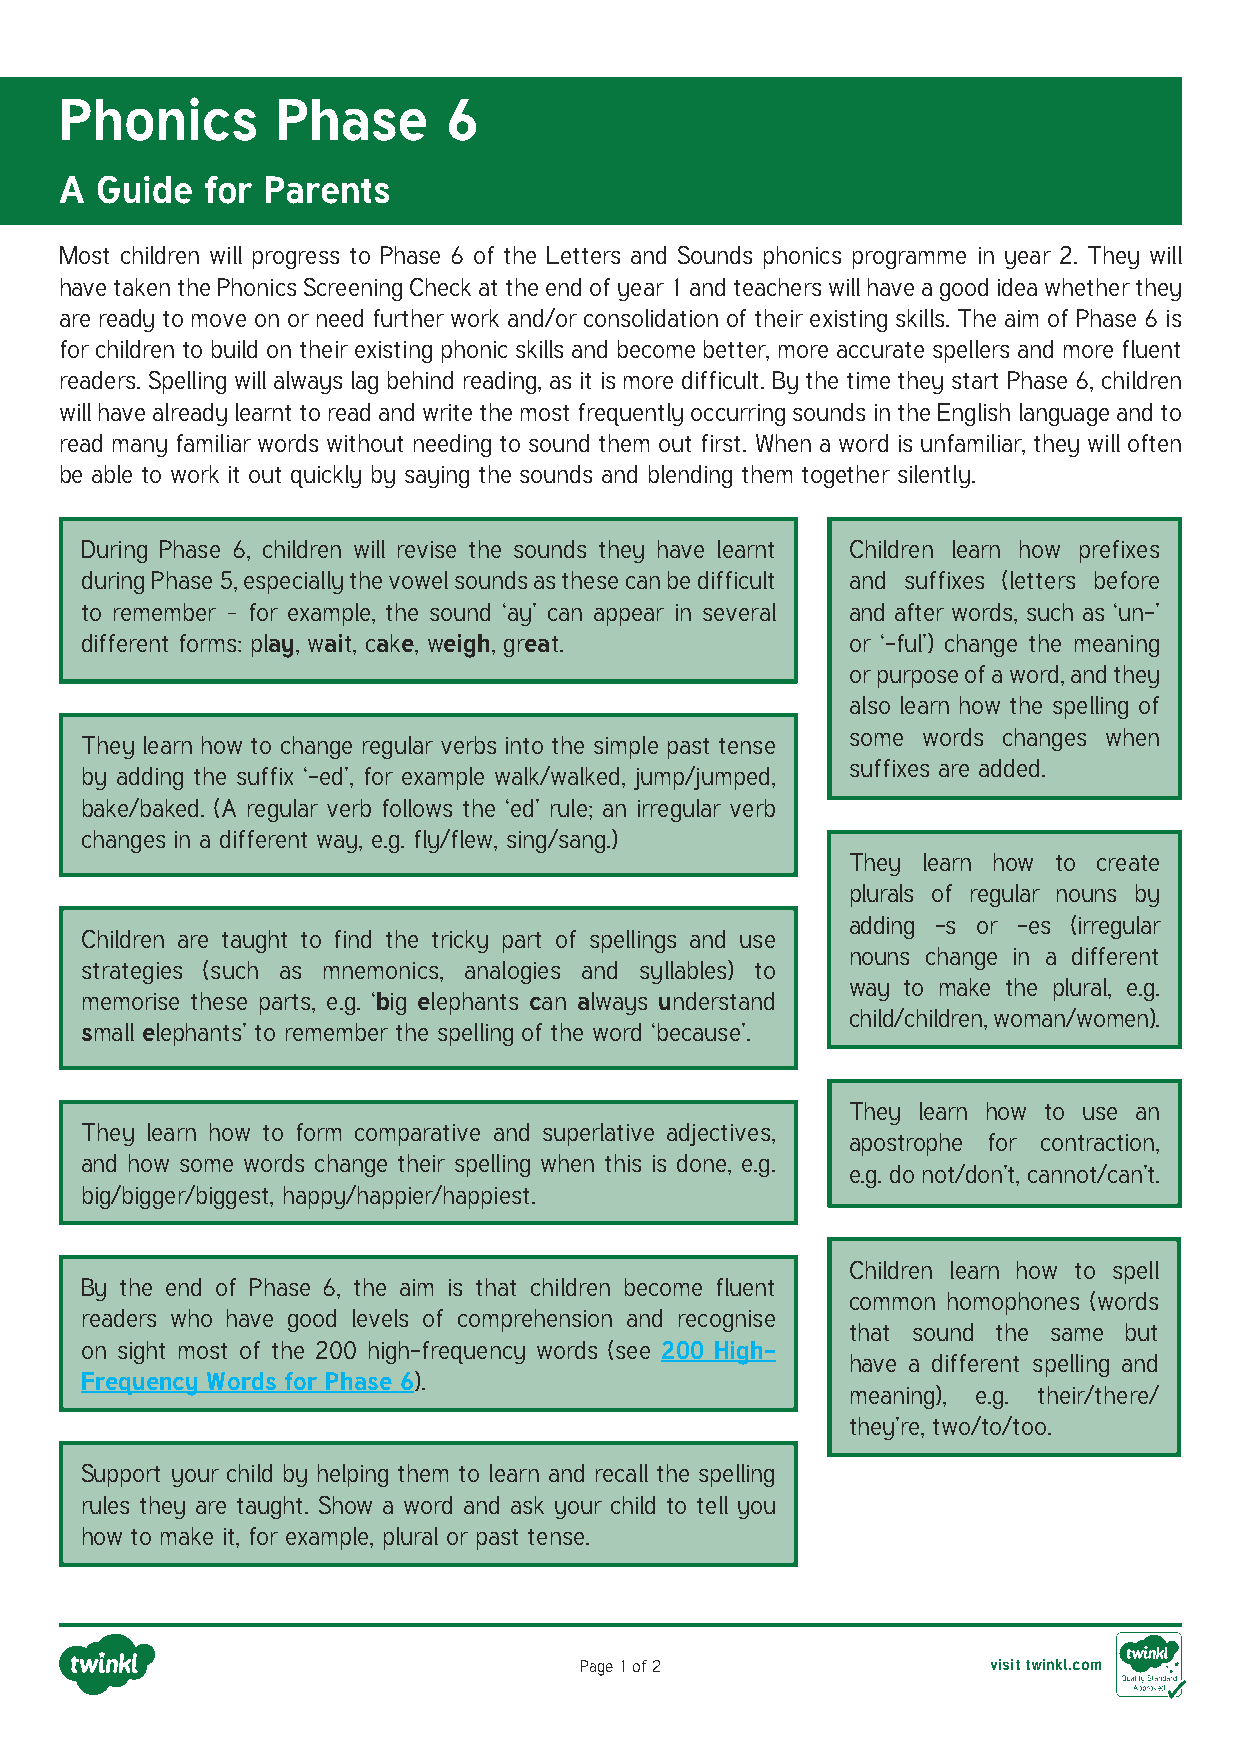
Phonics       Phase      6
 A Guide   for Parents
 Most children will progress to Phase 6 of the Letters and Sounds phonics programme in year 2. They will
 have taken the Phonics Screening Check at the end of year 1 and teachers will have a good idea whether they
 are ready to move on or need further work and/or consolidation of their existing skills. The aim of Phase 6 is
 for children to build on their existing phonic skills and become better, more accurate spellers and more fluent
 readers. Spelling will always lag behind reading, as it is more difficult. By the time they start Phase 6, children
 will have already learnt to read and write the most frequently occurring sounds in the English language and to
 read many familiar words without needing to sound them out first. When a word is unfamiliar, they will often
 be able to work it out quickly by saying the sounds and blending them together silently.
 During Phase 6, children will revise the sounds they have learnt Children learn how prefixes
 during Phase 5, especially the vowel sounds as these can be difficult and suffixes (letters before
 to remember – for example, the sound ‘ay’ can appear in several and after words, such as ‘un-’
 different forms: play, wait, cake, weigh, great.   or ‘-ful’) change the meaning
 or purpose of a word, and they
 also learn how the spelling of
 some words changes when
 They learn how to change regular verbs into the simple past tense
 suffixes are added.
 by adding the suffix ‘-ed’, for example walk/walked, jump/jumped,
 bake/baked. (A regular verb follows the ‘ed’ rule; an irregular verb
 changes in a different way, e.g. fly/flew, sing/sang.)
 They learn how to create
 plurals of regular nouns by
 adding -s or -es (irregular
 Children are taught to find the tricky part of spellings and use
 nouns change in a different
 strategies (such as mnemonics, analogies and syllables) to
 way to make the plural, e.g.
 memorise these parts, e.g. ‘big elephants can always understand
 child/children, woman/women).
 small elephants’ to remember the spelling of the word ‘because’.
 They learn how to use an
 They learn how to form comparative and superlative adjectives,
 apostrophe for contraction,
 and how some words change their spelling when this is done, e.g.
 e.g. do not/don’t, cannot/can’t.
 big/bigger/biggest, happy/happier/happiest.
 Children learn how to spell
 By the end of Phase 6, the aim is that children become fluent
 common homophones (words
 readers who have good levels of comprehension and recognise
 that sound the same but
 on sight most of the 200 high-frequency words (see 200 High-
 have a different spelling and
 Frequency Words for Phase 6).
 meaning), e.g. their/there/
 they’re, two/to/too.
 Support your child by helping them to learn and recall the spelling
 rules they are taught. Show a word and ask your child to tell you
 how to make it, for example, plural or past tense.
 Page 1 of 2                 visit twinkl.com